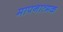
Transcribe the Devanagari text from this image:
मापनात्मक